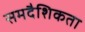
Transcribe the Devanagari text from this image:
समदैशिकता